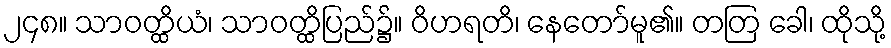
၂၄၈။ သာဝတ္ထိယံ၊ သာဝတ္ထိပြည်၌။ ဝိဟရတိ၊ နေတော်မူ၏။ တတြ ခေါ၊ ထိုသို့